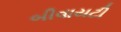
બીવાયટી